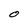
Character: O